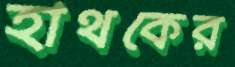
হাথকের